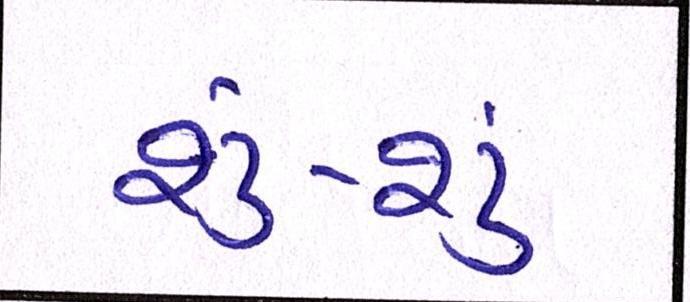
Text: શું-શું